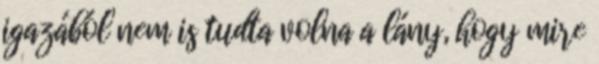
igazából nem is tudta volna a lány, hogy mire